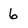
Character: 6